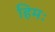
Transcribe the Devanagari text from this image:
हिमः